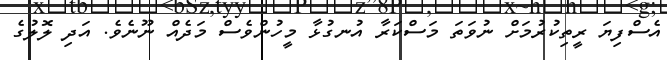
އެސްފިޔަ ރީތިކުރުމަށް ނުވަތަ މަސްކަރާ އުނގުޅާ މީހުންވެސް މަދެއް ނޫނެވެ. އަދި ލޮލުގެ